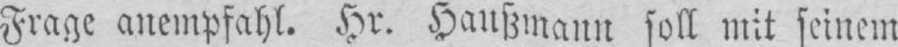
Frage anempfahl. Hr. Haußmann soll mit seinem